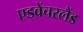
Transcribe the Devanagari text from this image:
एडवेंचरलैंड